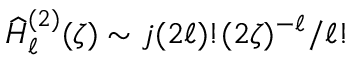
\widehat { H } _ { \ell } ^ { ( 2 ) } ( \zeta ) \sim j ( 2 \ell ) ! ( 2 \zeta ) ^ { - \ell } / \ell !